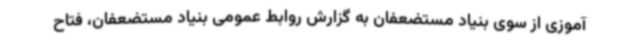
آموزی از سوی بنیاد مستضعفان به گزارش روابط عمومی بنیاد مستضعفان، فتاح